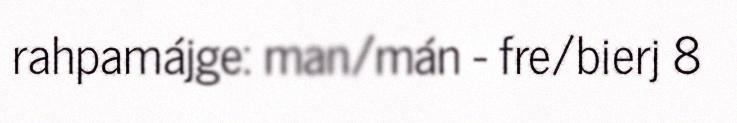
rahpamájge: man/mán - fre/bierj 8